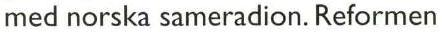
med norska sameradion. Reformen